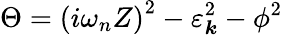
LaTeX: \Theta=\left(i\omega_{n}Z\right)^{2}-\varepsilon_{\boldsymbol{k}}^{2}-\phi^{2}